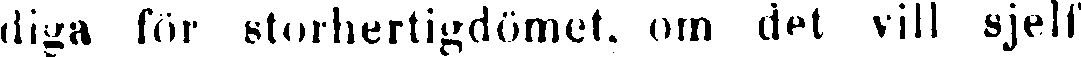
diga för storhertigdömet, om det vill sjelf